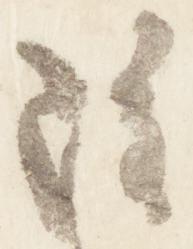
雖